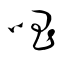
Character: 唱